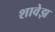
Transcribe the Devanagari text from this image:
शावेझ